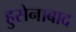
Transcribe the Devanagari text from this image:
हुसेनाबाद